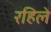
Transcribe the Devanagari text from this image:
रहिले